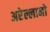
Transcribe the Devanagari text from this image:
अरेल्लानो